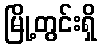
မြို့တွင်းရှိ